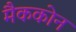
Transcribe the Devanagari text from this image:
मैककोन